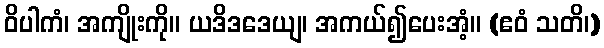
ဝိပါကံ၊ အကျိုးကို။ ယဒိဒဒေယျ၊ အကယ်၍ပေးအံ့။ (ဧဝံ သတိ၊)